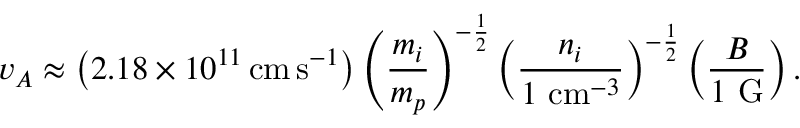
v _ { A } \approx \left( 2 . 1 8 \times 1 0 ^ { 1 1 } \, { \mathrm { c m } } \, { \mathrm { s } } ^ { - 1 } \right) \left( { \frac { m _ { i } } { m _ { p } } } \right) ^ { - { \frac { 1 } { 2 } } } \left( { \frac { n _ { i } } { 1 ~ { \mathrm { c m } } ^ { - 3 } } } \right) ^ { - { \frac { 1 } { 2 } } } \left( { \frac { B } { 1 ~ { \mathrm { G } } } } \right) .